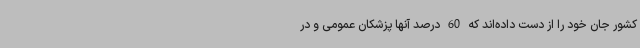
کشور جان خود را از دست داده‌اند که 60 درصد آنها پزشکان عمومی و در